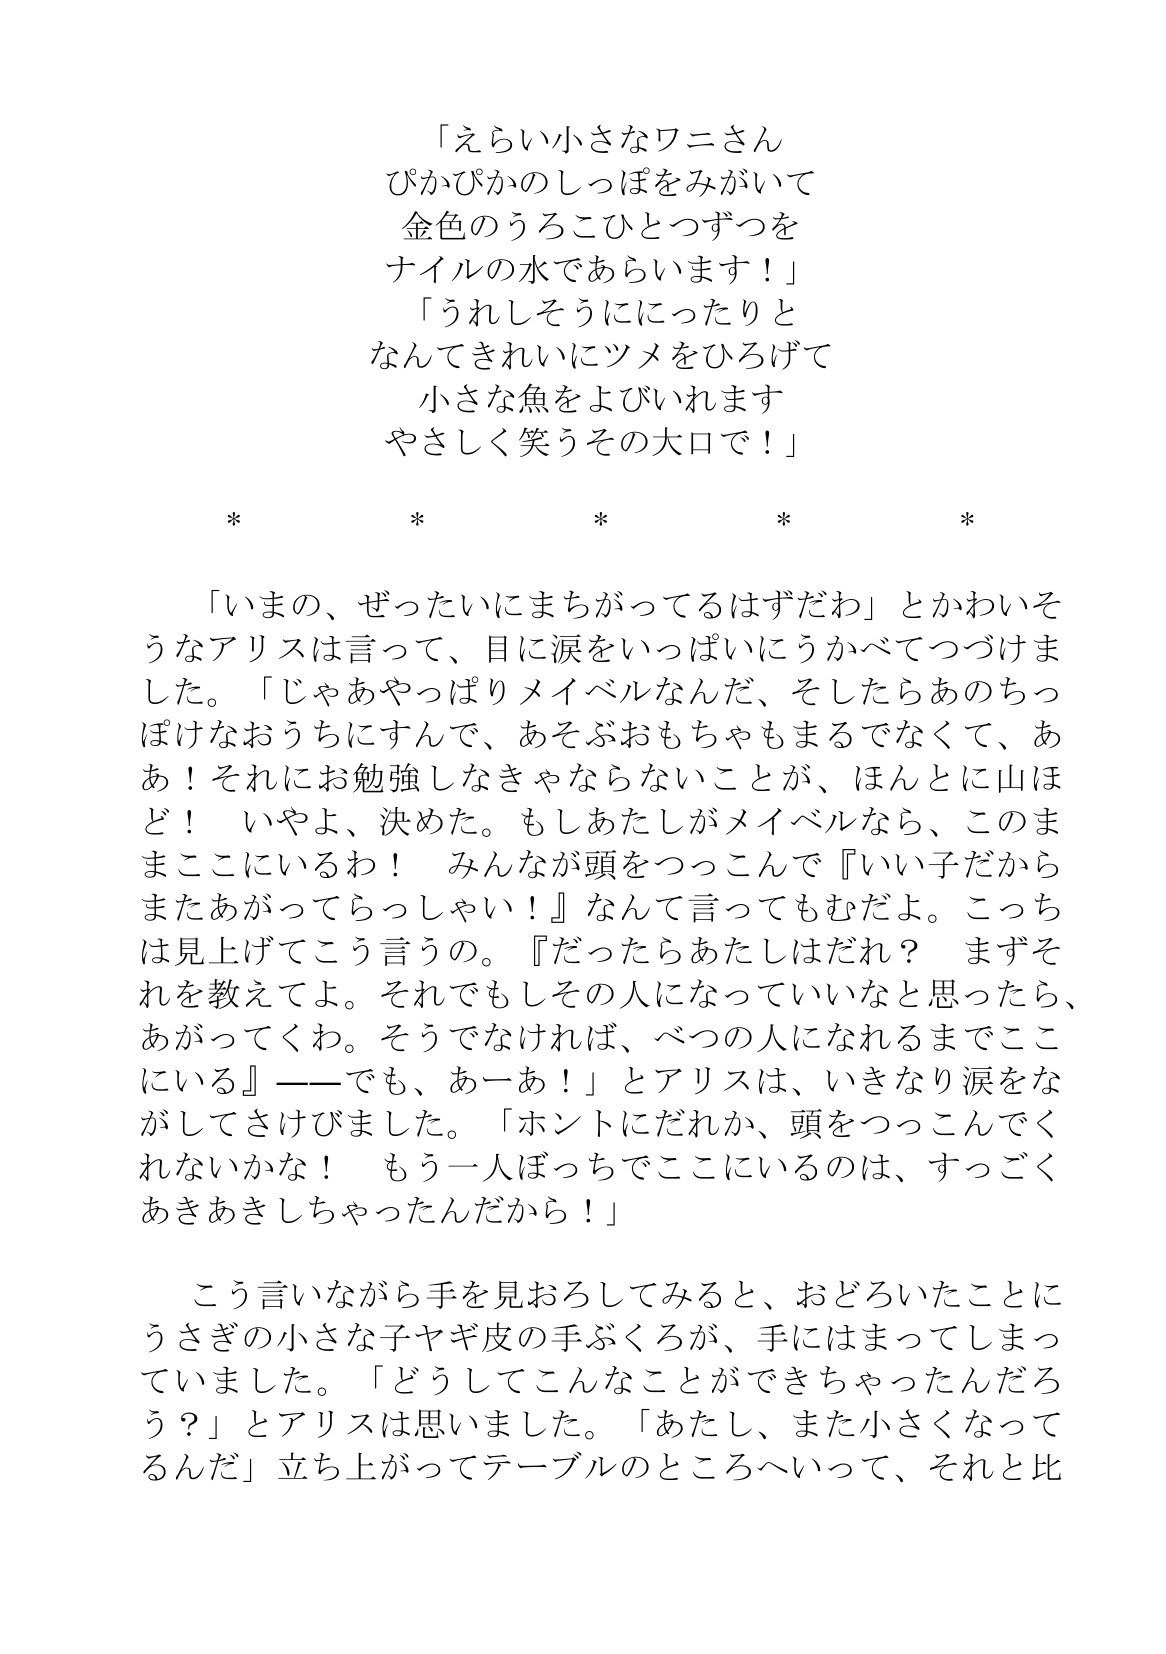
Language: ja